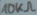
Text: 10KΩ